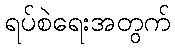
ရပ်စဲရေးအတွက်